Report on sanitation, dispensaries, and jails in Rajputana for 1910, and on vaccination for the year 1910-1911 - 1910-1911
Year: 1910
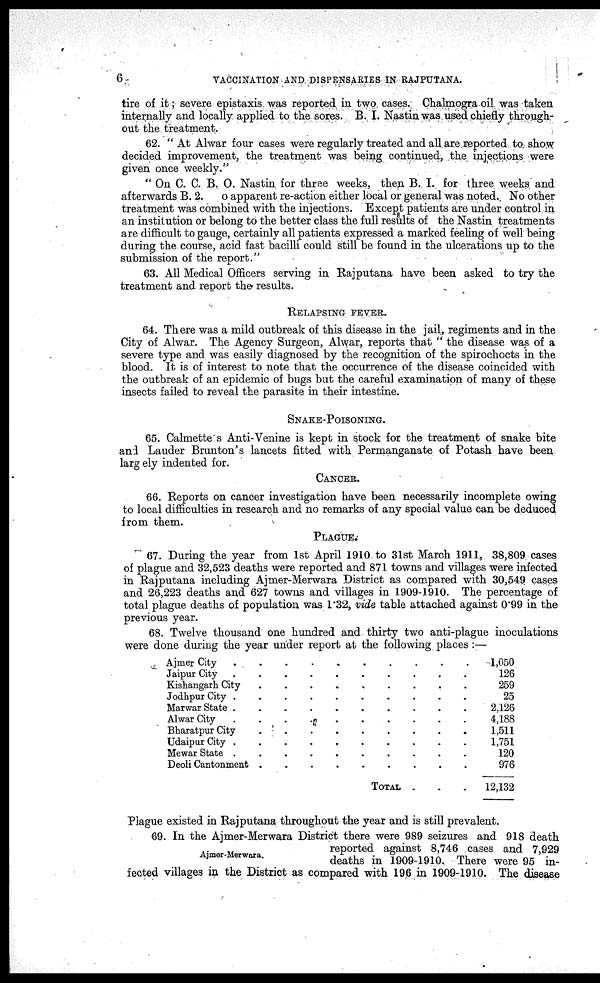
6
VACCINATION AND DISPENSARIES IN RAJPUTANA.
tire of it; severe epistaxis was reported in two cases. Chalmogra oil was taken
internally and locally applied to the sores. B. I. Nastin was used chiefly through-
out the treatment.
62. " At Alwar four cases were regularly treated and all are reported to show
decided improvement, the treatment was being continued, the injections were
given once weekly."
" On C. C. B. O. Nastin for three weeks, then B. I. for three weeks and
afterwards B. 2.
o apparent re-action either local or general was noted. No other
treatment was combined with the injections. Except patients are under control in
an institution or belong to the better class the full results of the Nastin treatments
are difficult to gauge, certainly all patients expressed a marked feeling of well being
during the course, acid fast bacilli could still be found in the ulcerations up to the
submission of the report."
63. All Medical Officers serving in Rajputana have been asked to try the
treatment and report the results.
RELAPSING FEVER.
64. There was a mild outbreak of this disease in the jail, regiments and in the
City of Alwar. The Agency Surgeon, Alwar, reports that " the disease was of a
severe type and was easily diagnosed by the recognition of the spirochocts in the
blood. It is of interest to note that the occurrence of the disease coincided with
the outbreak of an epidemic of bugs but the careful examination of many of these
insects failed to reveal the parasite in their intestine.
SNAKE-POISONING.
65. Calmette s Anti-Venine is kept in stock for the treatment of snake bite
and Lauder Brunton's lancets fitted with Permanganate of Potash have been
largely indented for.
CANCER.
66. Reports on cancer investigation have been necessarily incomplete owing
to local difficulties in research and no remarks of any special value can be deduced
from them.
PLAGUE.
67. During the year from 1st April 1910 to 31st March 1911, 38,809 cases
of plague and 32,523 deaths were reported and 871 towns and villages were infected
in Rajputana including Ajmer-Merwara District as compared with 30,549 cases
and 26,223 deaths and 627 towns and villages in 1909-1910. The percentage of
total plague deaths of population was 1.32, vide table attached against 0.99 in the
previous year.
68. Twelve thousand one hundred and thirty two anti-plague inoculations
were done during the year under report at the following places :—
Ajmer City
.
.
.
.
.
.
.
.
.
.
Jaipur City . . . . . . . . . .
Kishangarh City . . . . . . . . .
Jodhpur City . . . . . . . . . .
Marwar State . . . . . . . . . .
Alwar City . . . . . . . . . .
Bharatpur City . . . . . . . . . .
Udaipur City .
.
.
.
.
.
.
.
.
.
Mewar State .
.
.
.
.
.
.
.
.
.
Deoli Cantonment . . . . . . . . .
TOTAL . . .
1,050
126
259
25
2,126
4,188
1,511
1,751
120
976
12,132
Plague existed in Rajputana throughout the year and is still prevalent.
Ajmer-Merwara.
69. In the Ajmer-Merwara District there were 989 seizures and 918 death
reported against 8,746 cases and 7,929
deaths in 1909-1910. There were 95 in-
fected villages in the District as compared with 196 in 1909-1910. The disease